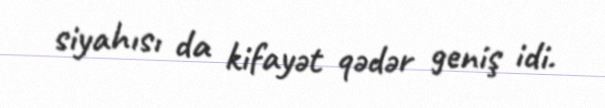
siyahısı da kifayət qədər geniş idi.